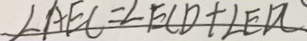
\angle A E C = \angle E C D + \angle E D C